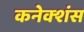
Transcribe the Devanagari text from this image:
कनेक्‍शंस